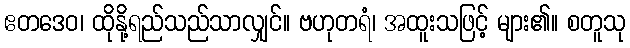
ဧတဒေဝ၊ ထိုနို့ရည်သည်သာလျှင်။ ဗဟုတရံ၊ အထူးသဖြင့် များ၏။ စတူသု